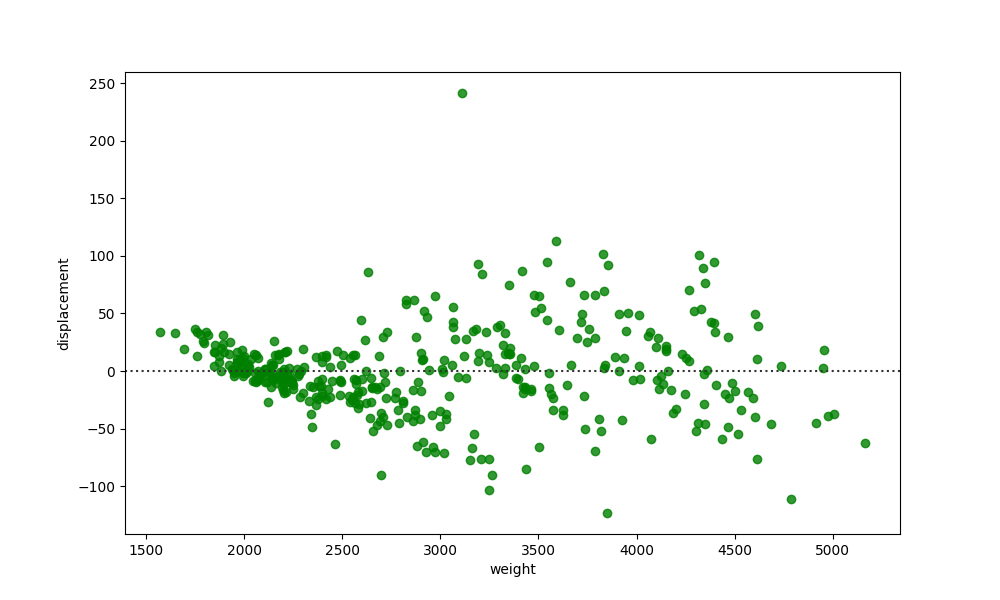
python, seaborn, residplot, lowess=False, scatter_color=green